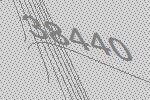
38440